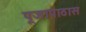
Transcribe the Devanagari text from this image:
पूजापाठास